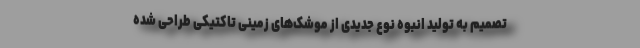
تصمیم به تولید انبوه نوع جدیدی از موشک‌های زمینی تاکتیکی طراحی شده